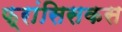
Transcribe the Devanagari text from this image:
फ्रांसिसकस